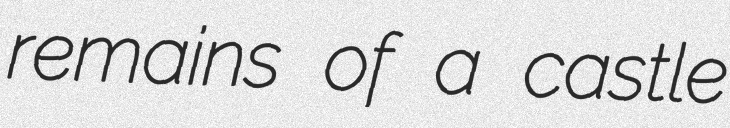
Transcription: remains of a castle